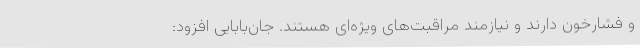
و فشارخون دارند و نیازمند مراقبت‌های ویژه‌ای هستند. جان‌بابایی افزود: